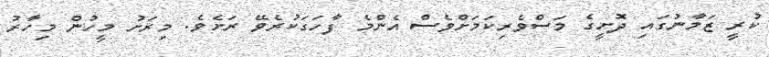
ކުރީ ޒަމާނުގައި ދޮށީގެ މަސްވެރިކަމަށްވެސް އެންމެ ފާހަގަކުރެވޭ ރަށެވެ. މިރަށު މީހުން މިހާރު